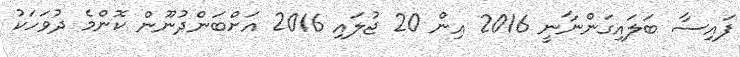
ފައިސާ ބަލައިގަންނާނީ 2016 އިން 20 ޖުލައި 2016 އަށްބަންދުނޫން ކޮންމެ ދުވަހަކު